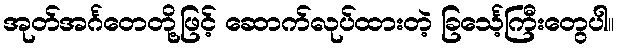
အုတ်အင်္ဂတေတို့ဖြင့် ဆောက်လုပ်ထားတဲ့ ခြင်္သေ့ကြီးတွေပါ။